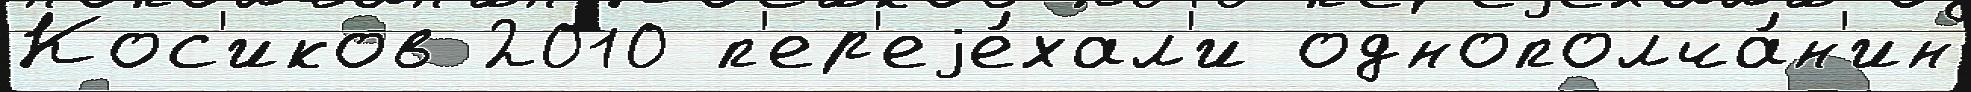
Кос'иков 2010 п'ер'еjе́хал'и однополча́н'ин